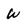
Character: W